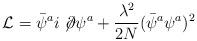
LaTeX: \begin{align*}{\cal L}=\bar{\psi}^{a}i\not\!\partial\psi^{a}+{\lambda^{2}\over 2N}(\bar{\psi}^{a}\psi^{a})^{2}\end{align*}